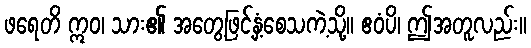
ဖရေတိ ဣဝ၊ သား၏ အတွေ့ဖြင့်နှံ့စေသကဲ့သို့။ ဧဝံပိ၊ ဤအတူလည်း။